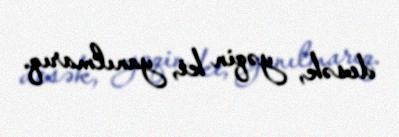
desək, yəqin ki, yanılmarıq.